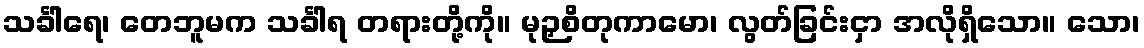
သင်္ခါရေ၊ တေဘူမက သင်္ခါရ တရားတို့ကို။ မုဉှစိတုကာမော၊ လွတ်ခြင်းငှာ အလိုရှိသော။ သော၊